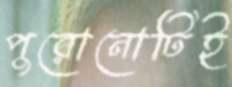
পুরোনোটিই